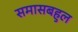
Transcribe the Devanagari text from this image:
समासबहुल